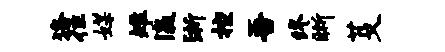
珞往媒雉瀛浙控吾终晰芟